NAE_ERA_R-1950_Eesti_Ajakirjanike_Liit, lk 34
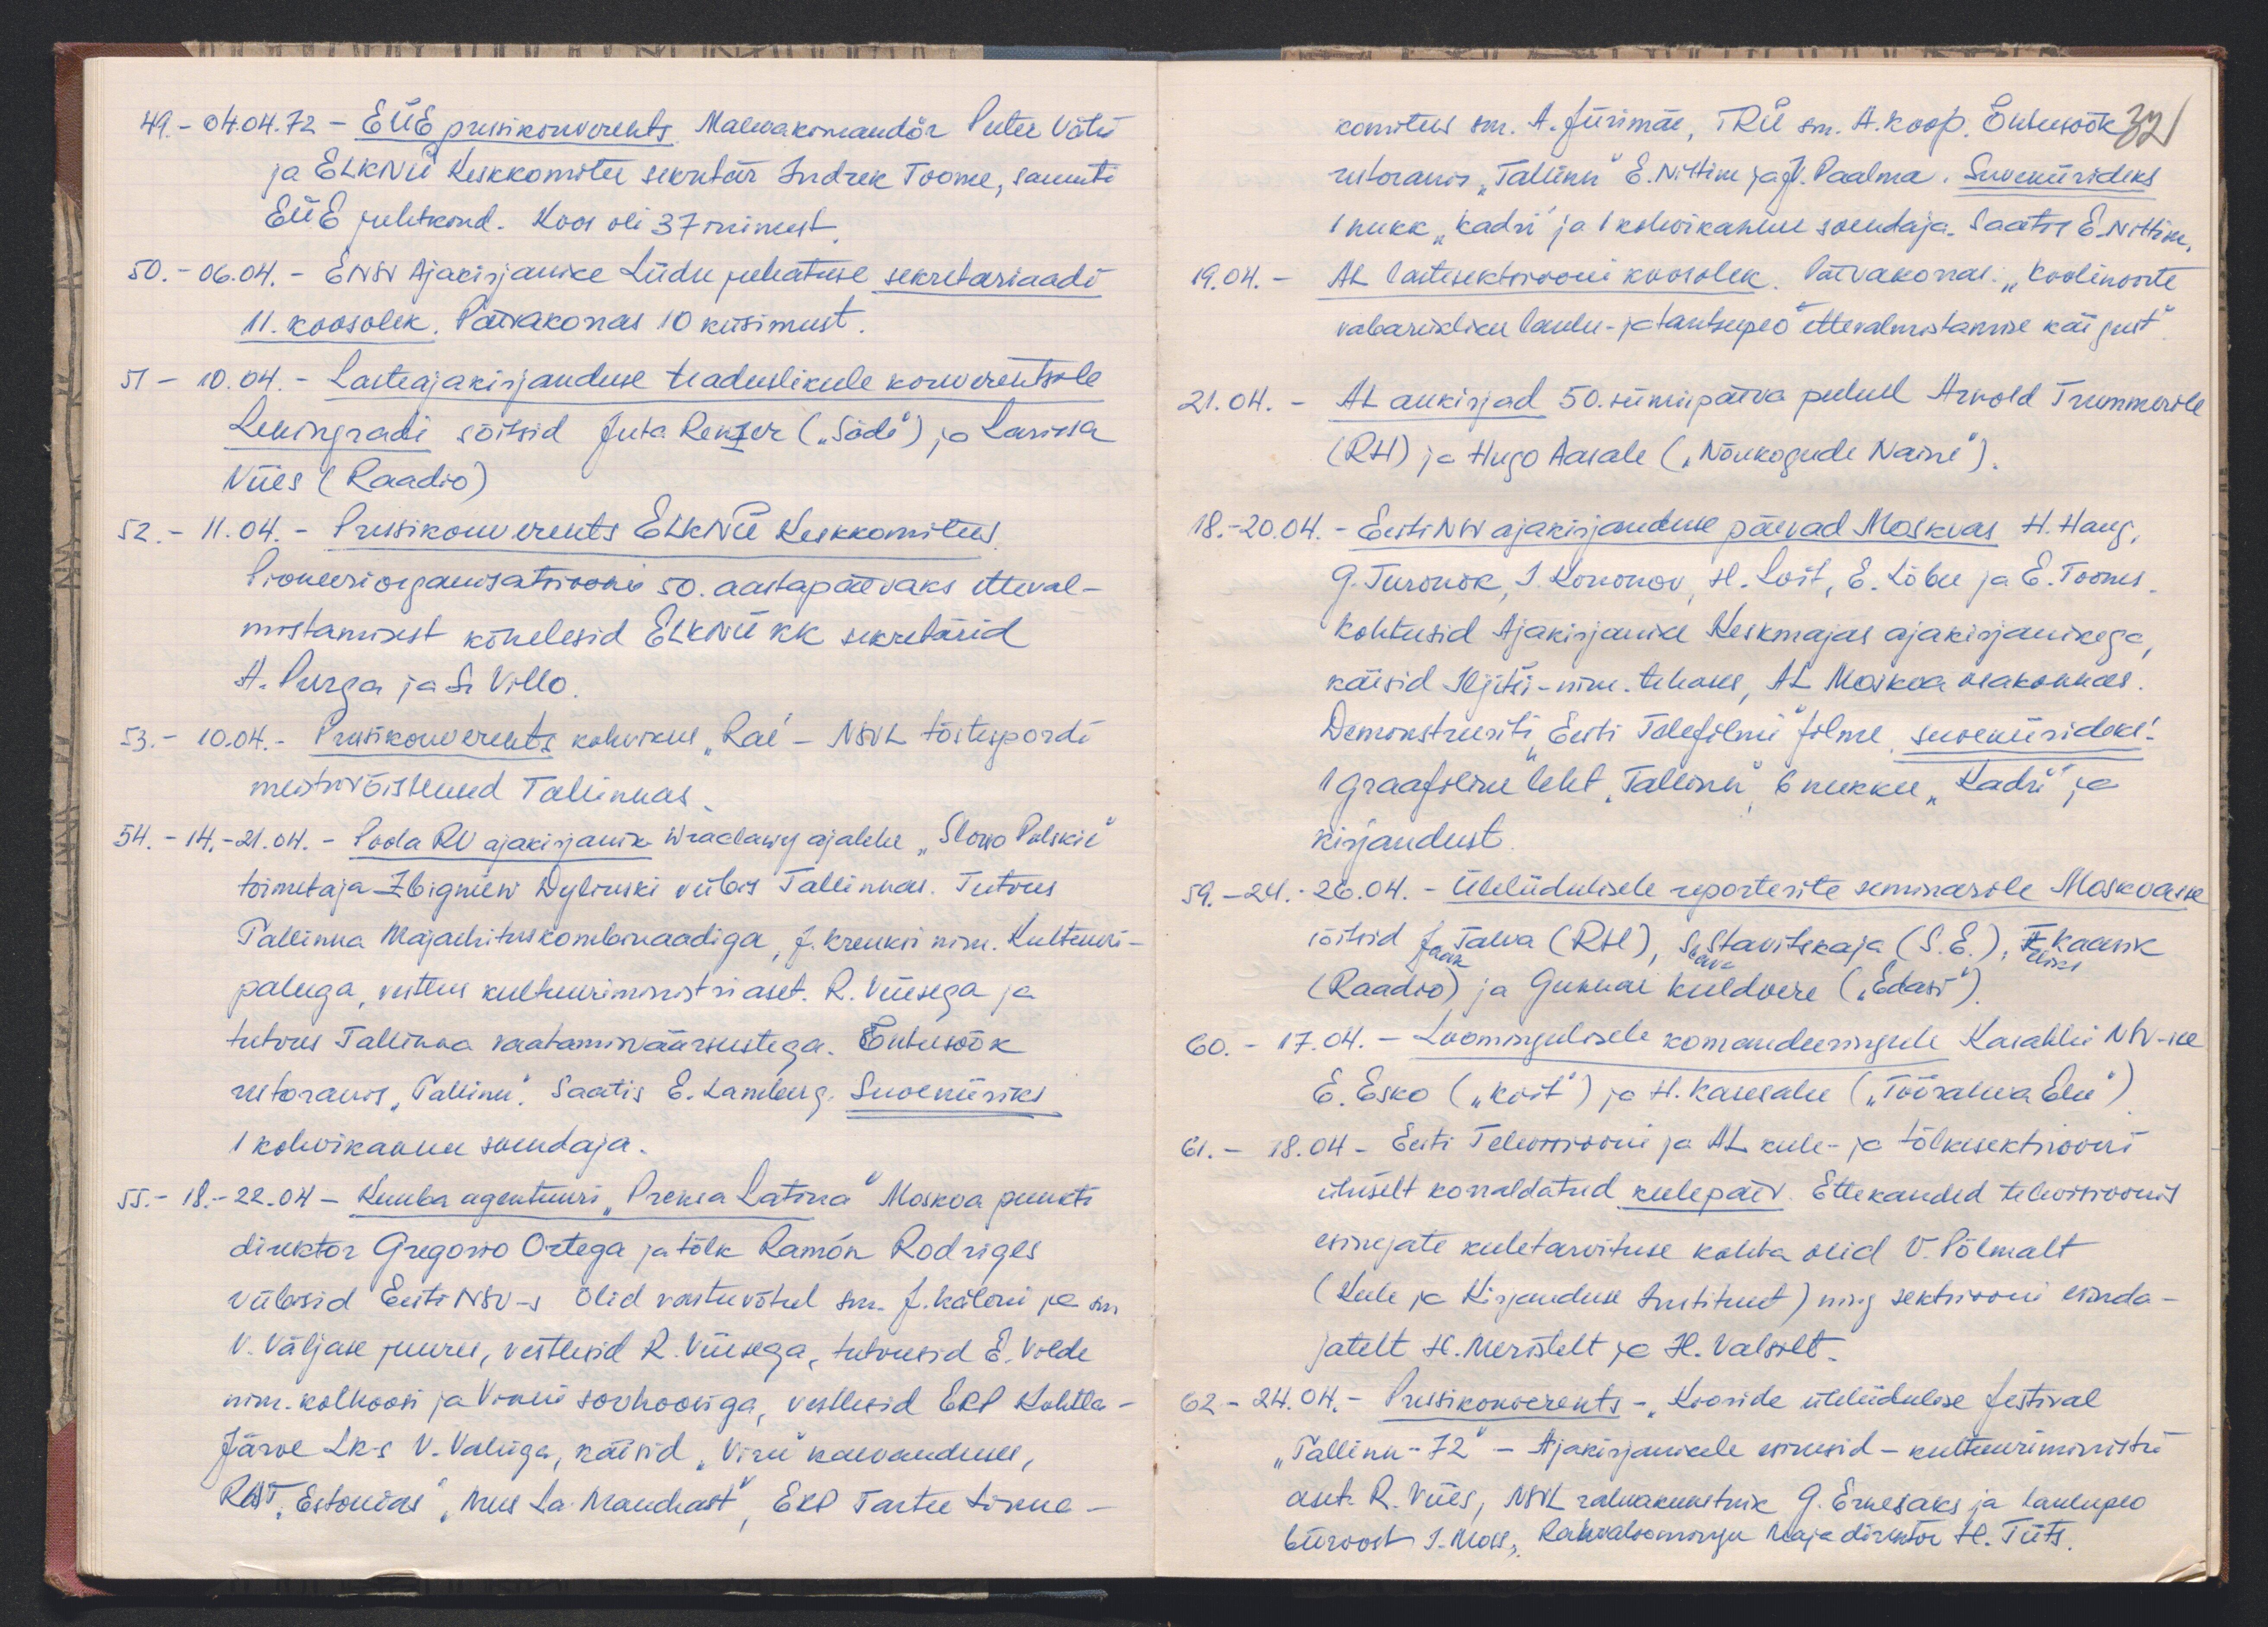
49. - 04.04.72. - EÜE pressikonverents Malevakomandör Peeter Vähi
ja ELKNÜ keskkomitee sekretär Indrek Toome, samuti
EÜE juhtkond. Koos oli 37 inimest.
50. - 06.04. - ENSV Ajakirjanike Liidu juhatuse sekretariaadi
11. koosolek. Päevakorras 10 küsimust.
51 - 10.04. - Lasteajakirjanduse teaduslikule konverentsile
Leningradi sõitsid Juta Renzer ("Säde") ja Larissa
Viies (Raadio)
52. - 11.04. - Pressikonverents ELKNÜ Keskkomitees.
Pioneeriorganisatsiooni 50. aastapäevaks etteval-
mistamisest kõnelesid ELKNÜ KK sekretärid
A. Purga ja S. Villo.
53. - 10.04. - Pressikonverekts kohvikus "Rae" - NSVL tõstespordi
meistrivõistlused Tallinnas.
54. - 14.-21.04. - Poola RV ajakirjanik Wraclawy ajalehe "Slowo Polskie"
toimetaja Zbigniew Dylinski viibis Tallinnas. Tutvus
Tallinna Majaehituskombinaadiga, J. Kreuksi nim. Kultuuri-
paleega, vestles kultuuriministri aset. R. Viiesega ja
tutvus Tallinna vaatamisväärsustega. Õhtusöök
restoranis "Tallinn". Saatis E. Lamberg. Suveniiriks
1 kohvikannu soendaja.
55. - 18.-22.04 - Kuuba agentuuri "Prensa Latina" Moskva punkti
direktor Gregorio Ortega ja tõlk Ramón Rodriges
viibisid Eesti NSV-s olid vastuvõtul sm. J. Kaleni ja sm
V. Väljase juures, vestlesid R. Viiesega, tutvusid E. Vilde
nim. kolhoosi ja Vinni sovhoosiga, vestlesid EKP Kohtla-
Järve LK-s  V. Vahiga, käisid "Viru" kaevanduses,
RAT "Estonias" "Mees La Manchast", EKP Tartu Linna-

komitees sm. A. Jürimäe, TRÜ sm. A. Koop. Õhtusöök 32
restoranis "Tallinn" E. Nittim ja J. Paalma. Suveniirideks
1 nukk "Kadri" ja 1 kohvikannu soendaja. Saatis E. Nittim
19.04. - AL lastesektsiooni koosolek. Päevakorras. "Koolinoorte
vabariikliku laulu- ja tantsupeo ettevalmistamise käigust"
21.04. - AL aukirjad 50. sünnipäeva puhul Arvold Trummerile
(RH) ja Hugo Aasale ("Nõukogude Naine").
18. - 20.04. - Eesti NSV ajakirjanduse päevad Moskvas H. Haug,
G. Turonok, I. Kononov, H. Loit, E. Lõbu ja E. Tooms
kohtusid Ajakirjanike Keskmajas ajakirjanikega
käisid Iljitši-nim. tehases, AL Moskva osakonnas
Demonstreeriti, Eesti Telefilmi filme suveniirideks:
1 graafiline leht "Tallinn", 6 nukku "Kadri" ja
kirjandust.
59. - 24.-26.04. Üleliidulisele reporterite seminarile Moskvasse
sõitsid Jaan Talva (RH), Slava Stavitskaja (S.E), Feliks Kaasik
(Raadio) ja Gunnar Kuldvere ("Edasi"),
60. - 17.04. - Loomingulisele komandeeringule Kasahhi NSV-sse
E. Esko („Koit") ja H. Kasesalu ("Töörahva Elu")
61. - 18.04 - Eesti Televisiooni ja AL keele- ja tõlkesektsioonis
ühiselt korraldatud keelepäev. Ettekanded televisioonis
esinejate keeletarvituse kohta olid V. Põlmalt
(Keele ja Kirjanduse Instituut) ning sektsiooni esinda-
jatelt H. Meristelt ja H. Valsilt.
62 - 24.04. - Pressikonverents - "Kooride üleliidulise festival
"Tallinn-72" - Ajakirjanikele esinesid - kultuuriministri
aset. R. Viies, NSVL rahvakunstnik G. Ernesaks ja laulupeo
büroost J. Moss, Rahvaloomingu Maja direktor H. Tiits.